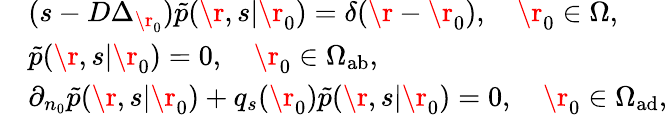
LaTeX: \begin{array}{rl}&{(s-D\Delta_{\r_{0}})\tilde{p}(\r,s|\r_{0})=\delta(\r-\r_{0}),\quad\r_{0}\in\Omega,}\\ &{\tilde{p}(\r,s|\r_{0})=0,\quad\r_{0}\in\Omega_{\mathrm{{ab}}},}\\ &{\partial_{n_{0}}\tilde{p}(\r,s|\r_{0})+q_{s}(\r_{0})\tilde{p}(\r,s|\r_{0})=0,\quad\r_{0}\in\Omega_{\mathrm{ad}},}\end{array}